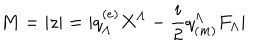
M = | z | = | q _ { \Lambda } ^ { ( e ) } X ^ { \Lambda } - { \frac { i } { 2 } } q _ { ( m ) } ^ { \Lambda } F _ { \Lambda } |